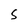
Character: S